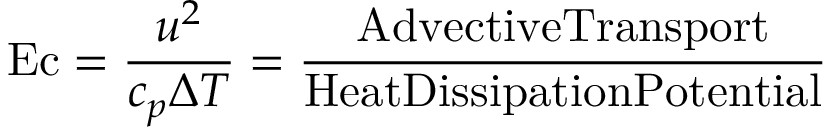
\mathrm { E c } = { \frac { u ^ { 2 } } { c _ { p } \Delta T } } = { \frac { \mathrm { A d v e c t i v e T r a n s p o r t } } { \mathrm { H e a t D i s s i p a t i o n P o t e n t i a l } } }